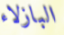
البازلاء